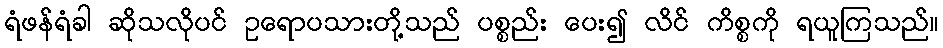
ရံဖန်ရံခါ ဆိုသလိုပင် ဥရောပသားတို့သည် ပစ္စည်း ပေး၍ လိင် ကိစ္စကို ရယူကြသည်။